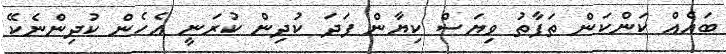
ބައެއް ކަންކަން ތަފާތު ވިޔަސް ކިޔާން ފަދަ ކުދިން ކުރަނީ އެހެން ކުދިންނެކޭ